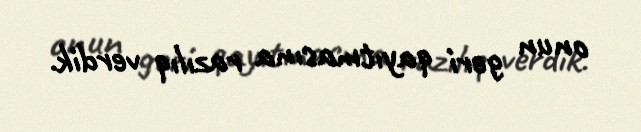
onun geri qayıtmasına razılıq verdik.